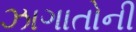
ઝાગાતોની